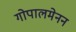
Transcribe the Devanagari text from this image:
गोपालमेनन